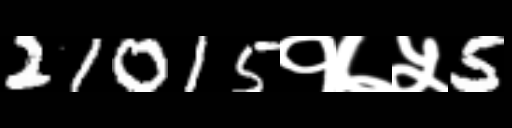
Text: 21015१७५5